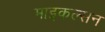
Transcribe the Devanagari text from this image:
माइकल्सन